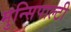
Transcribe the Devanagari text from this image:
मुन्सिपाल्टी